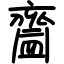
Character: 齍